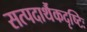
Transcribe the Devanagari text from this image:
सत्पदार्थैकदृष्टिः